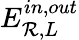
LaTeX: E_{\mathcal{R},L}^{in,out}